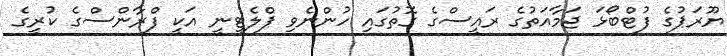
ޔޫރަޕުގެ ފުޓްބޯޅަ ޖަމާއަތުގެ ރައީސްގެ ގޮތުގައި ހުންނެވި ޕްލެޓީނީ އަކީ ފްރާންސްގެ ކުރީގެ